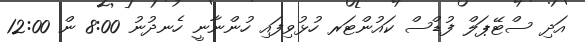
އަދި ސްޓޭޕަލް ފުޑްސް ކައުންޓަރ ހުޅުވިފައި ހުންނާނީ ހެނދުނު 8:00 ން 12:00